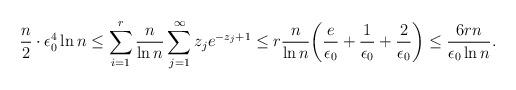
LaTeX: \begin{align*} \frac{n}{2} \cdot \epsilon_{0}^4 \ln n \leq \sum_{i=1}^{r} \frac{n}{\ln n} \sum_{j=1}^{\infty} z_j e^{-z_j + 1} \leq r \frac{n}{\ln n} \bigg( \frac{e}{\epsilon_0} + \frac{1}{\epsilon_0} + \frac{2}{\epsilon_0} \bigg) \leq \frac{6rn}{\epsilon_0 \ln n}.\end{align*}